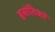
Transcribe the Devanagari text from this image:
हसंतिकां